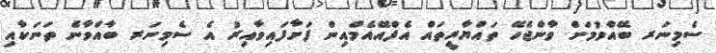
ސެމިނަރ ބޭއްވުމަށް ވާންޖެހޭ ތައްޔާރީތައް އެފްއޭއެމްއިން ފަށާފައިވާއިރު އެ ސެމިނަރ ބާއްވާނެ ތަނަކާއި